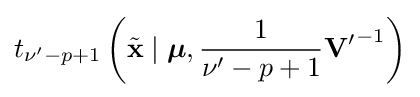
t_{\nu '-p+1}\left({\tilde {\mathbf {x} }}\mid {\boldsymbol {\mu }},{\frac {1}{\nu '-p+1}}{\mathbf {V} '}^{-1}\right)